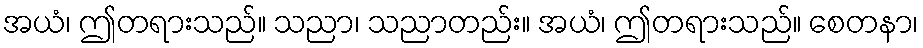
အယံ၊ ဤတရားသည်။ သညာ၊ သညာတည်း။ အယံ၊ ဤတရားသည်။ စေတနာ၊